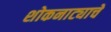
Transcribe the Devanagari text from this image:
शोकनाट्याचे